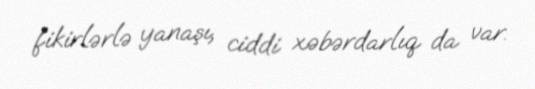
fikirlərlə yanaşı, ciddi xəbərdarlıq da var.